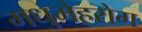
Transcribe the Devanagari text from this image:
मधुमेहरोग